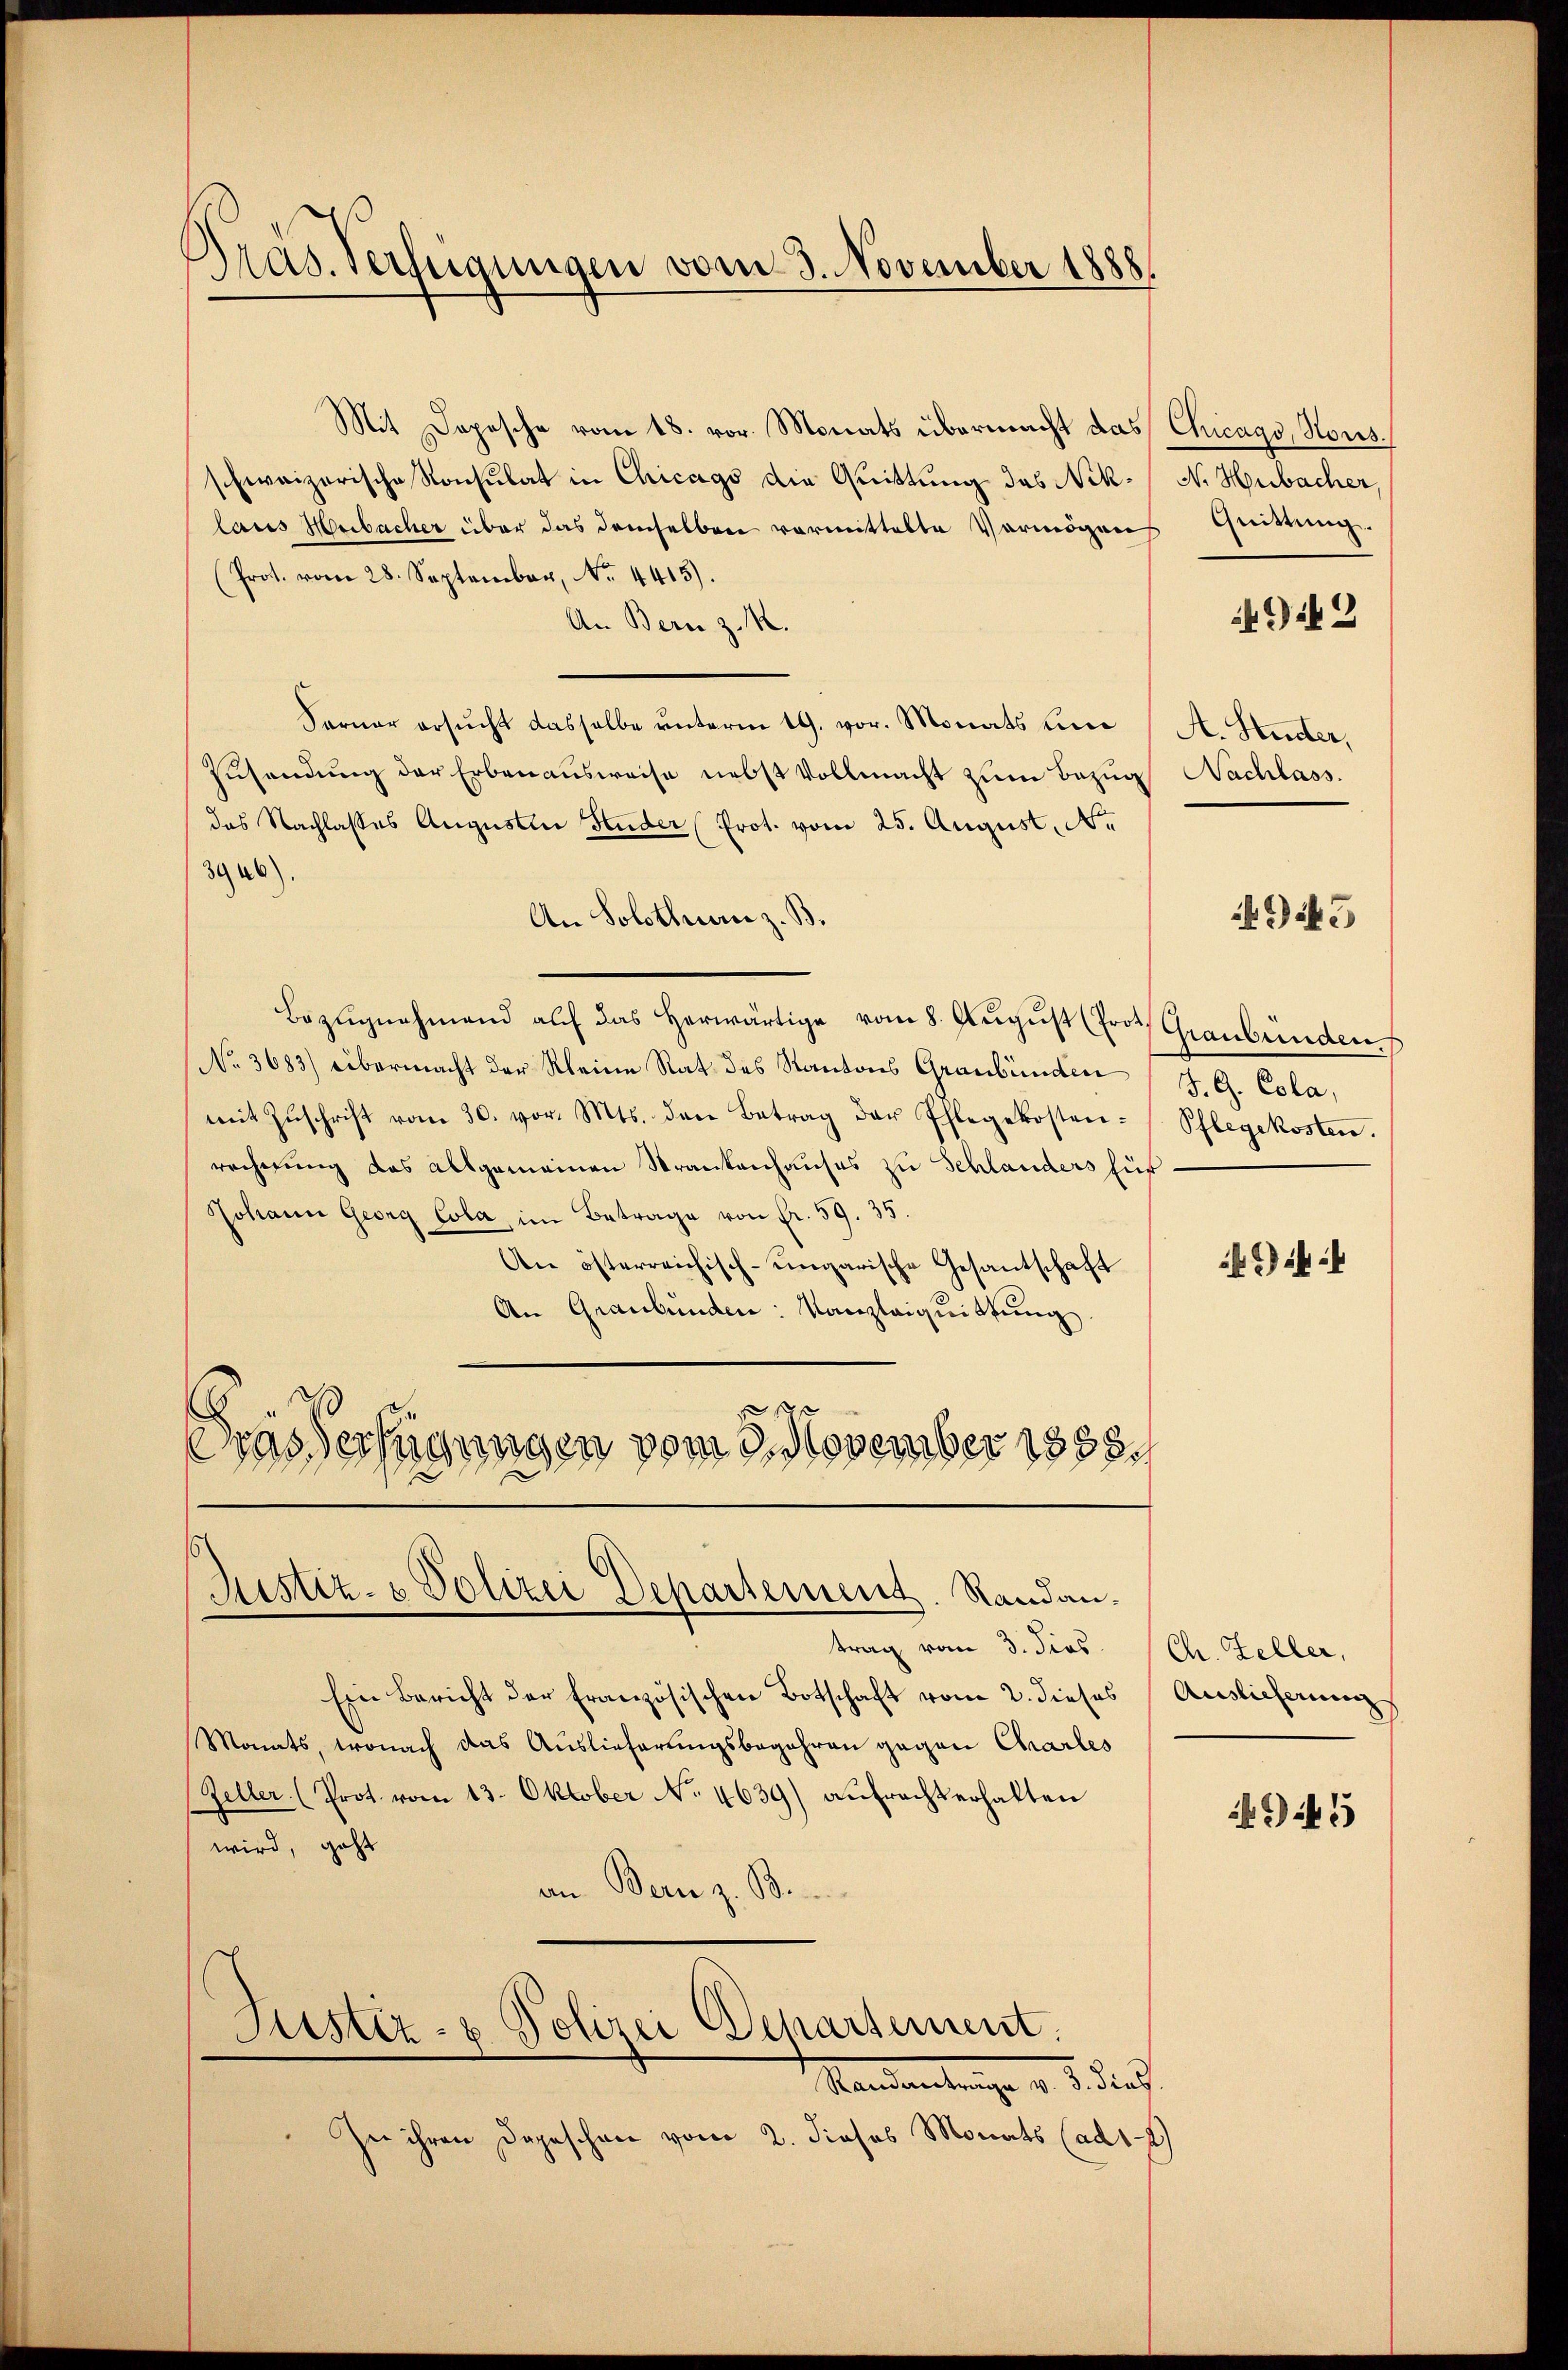
)
Pas. Verfügungen vom 3. November 1888.

Mit Depesche vom 18. vor. Monats übermacht das Chicago, Hors
schweizerische Konsulat in Chicago die Quittung das Nik-/ N. Hubacher
laus Murbacher über das demselben vormittelte Vermögens Quittung.
(Prot. vom 28. September, No. 4415).
An Bern z. K.
Serner ersucht dasselbe unterm 19. vor. Monats un
Zusendung der Erbenausweise nebst Vollmacht zum Bezug
das Nachlasses Augustin Fuder (Prot. vom 25. August, Ne
3946).
An Solothurn z. B.
Bezŭgnehmend auf das herwärtige vom 8. Aŭgŭst (Joot Graubünden
No. 3683) übermacht der Kleine Rat des Kantons Graubünden J. G. Cola,
mit Zŭschrift vom 30. vor. Mts. den Betrag der Ihlegekosten-Pflegekosten.
rechnung das allgemeinen Strankenhauses zu Schlanders hüt
Johann Georg Cola, im Betrage von Fr. 59. 35.
An österreichisch-ungarische Gesantschaft
An Graubünden: Kanzleiquittung
.
Gras Verfügungen vom 9. November 1888.

Justiz- & Polizei Departement. Randantrag vom 3. dies

Ein Bericht der französischen Botschaft vom 2. dieses
Monats, wonach das Auslieferungsbegehren gegen Charles
Zeller (Prot. vom 13. Oktober No. 4639) aufracht erhalten
wird, geht
an Bern z. B.

Justiz- & Polizei Departement.

Mandantung d. d. dies
Zie ihren Depeschen vom 2. dieses Monats (ad12)

912

A. Stenter,
Nachlass.

495

Ch. Feller,
Auslieferung

9 f 5